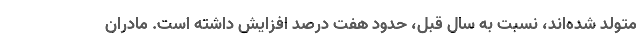
متولد شده‌اند، نسبت به سال قبل، حدود هفت درصد افزایش داشته است. مادران